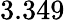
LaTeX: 3.349